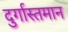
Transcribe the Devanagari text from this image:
दुर्गास्तमान